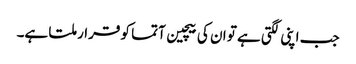
جب اپنی لگتی ہے تو ان کی بیچین آتما کو قرار ملتا ہے۔